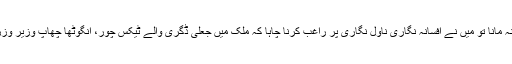
ارشاد نہ مانا تو میں نے افسانہ نگاری ناول نگاری پر راغب کرنا چاہا کہ ملک میں جعلی ڈگری والے ٹیکس چور، انگوٹھا چھاپ وزیر وزراءہیں۔